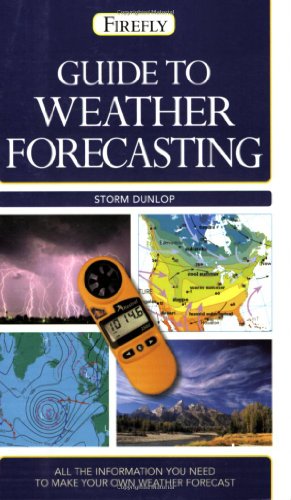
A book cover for Guide to Weather Forecasting: All the Information You'll Need to Make Your Own Weather Forecast (Firefly Pocket series); Storm Dunlop; Science & Math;